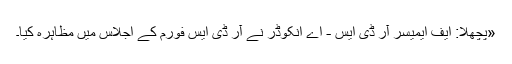
«پچھلا: ایف ایمیسر آر ڈی ایس - اے انکوڈر نے آر ڈی ایس فورم کے اجلاس میں مظاہرہ کیا۔